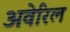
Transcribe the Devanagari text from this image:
अवेरिल